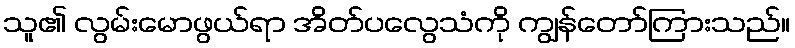
သူ၏ လွမ်းမောဖွယ်ရာ အိတ်ပလွေသံကို ကျွန်တော်ကြားသည်။